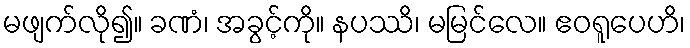
မဖျက်လို၍။ ခဏံ၊ အခွင့်ကို။ နပဿိ၊ မမြင်လေ။ ဧဝရူပေဟိ၊